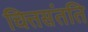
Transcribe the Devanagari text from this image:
चित्तसंतति